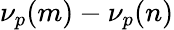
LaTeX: \nu_{p}(m)-\nu_{p}(n)